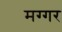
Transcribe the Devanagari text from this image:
मग्गर